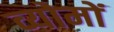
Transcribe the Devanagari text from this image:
व्योमों